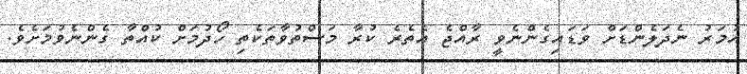
އުމަރު ނެދަލެންޑަށް ވަޑައިގެންނެވީ ރާއްޖެ އެތެރެ ކުރާ މަސްތުވާތަކެތި ހޯދުމަށް ކުއްތާ ގެންނެވުމަށެވެ.